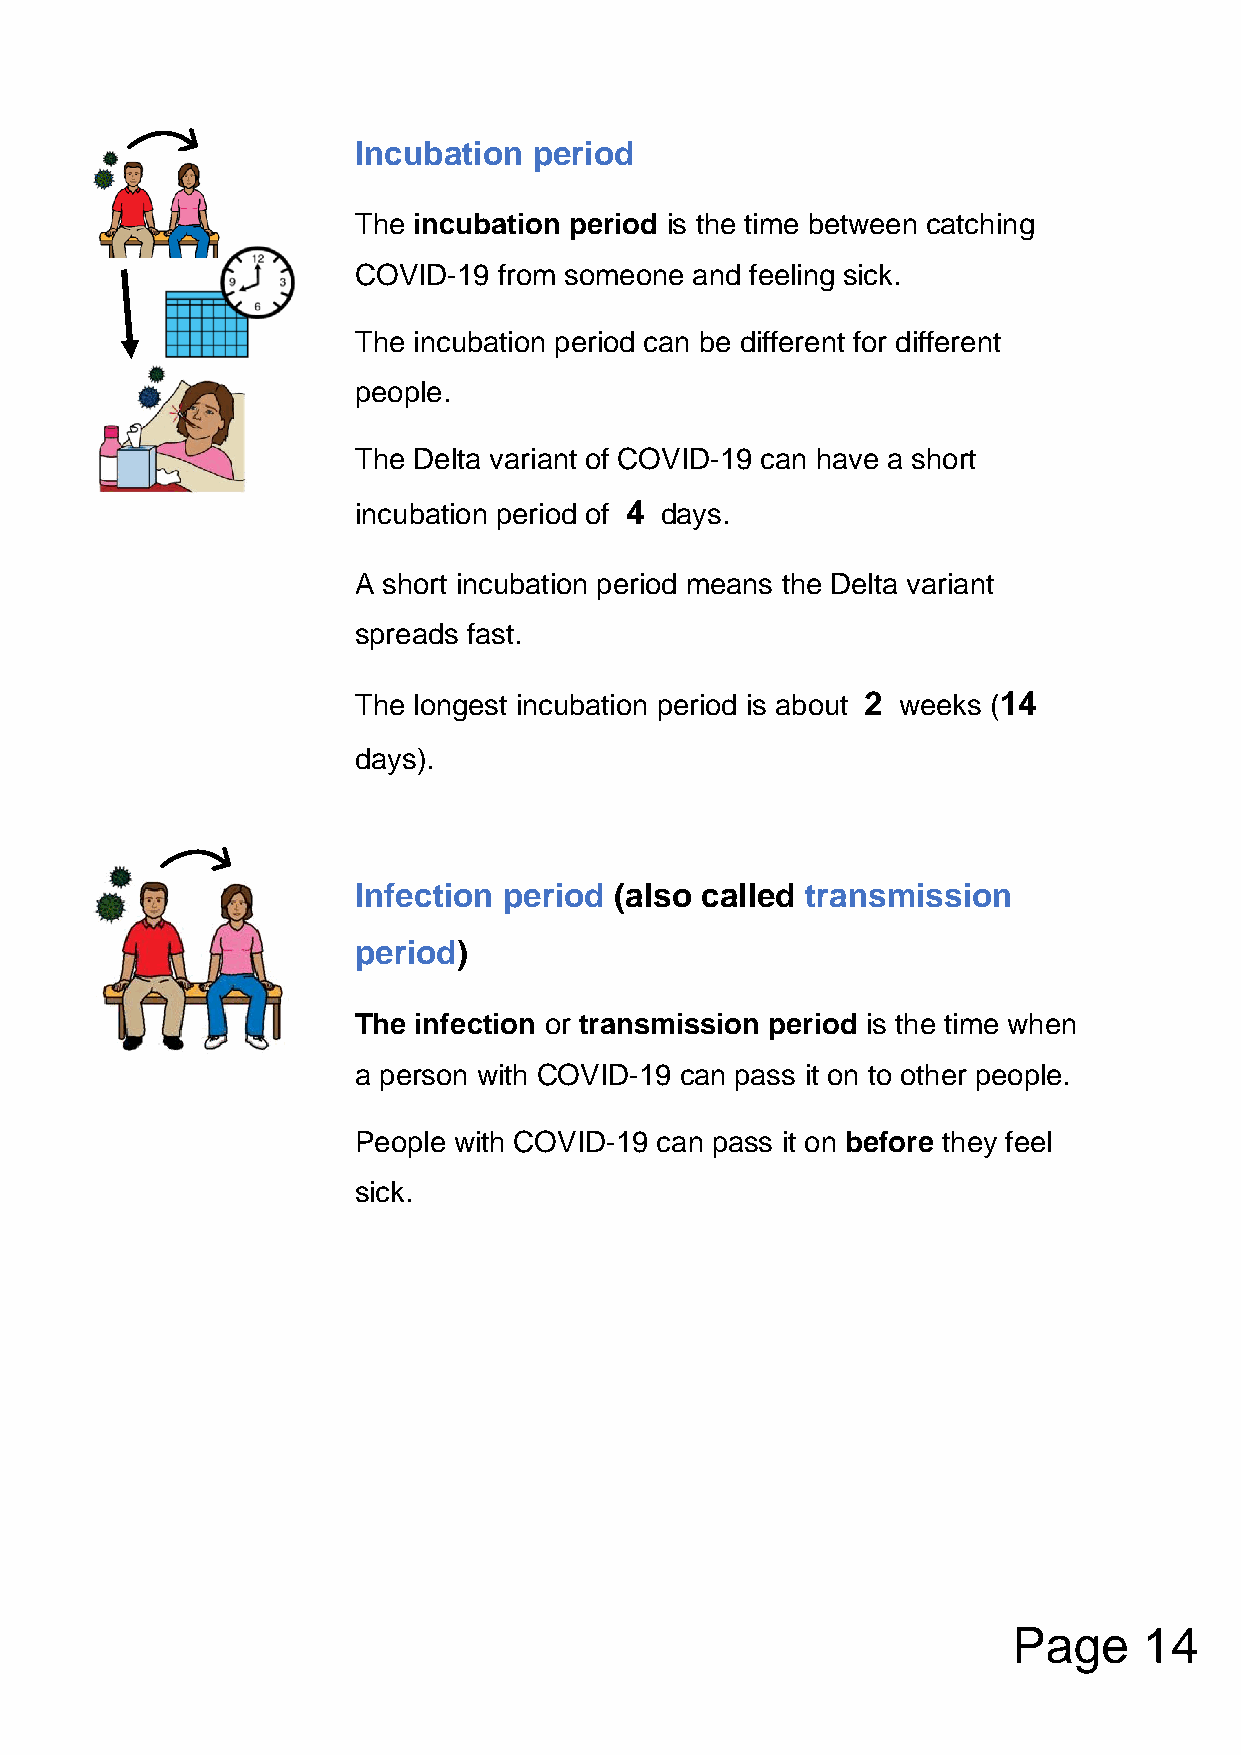
Incubation  period
 The incubation period is the time between catching
 COVID-19  from someone and feeling sick.
 The incubation period can be different for different
 people.
 The Delta variant of COVID-19 can have a short
 incubation period of 4 days.
 A short incubation period means the Delta variant
 spreads fast.
 The longest incubation period is about 2 weeks (14
 days).
 Infection period  (also called transmission
 period)
 The infection or transmission period is the time when
 a person with COVID-19 can pass it on to other people.
 People with COVID-19 can pass it on before they feel
 sick.
 Page     14